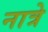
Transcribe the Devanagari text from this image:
नात्रे